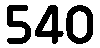
540